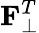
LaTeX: \mathbf{F}_{\bot}^{T}